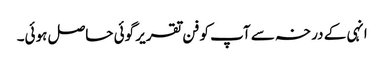
انہی کے درخہ سے آپ کو فن تقریر گوئی حاصل ہوئی۔